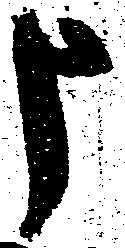
申